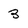
Character: 3